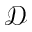
\mathcal { D }